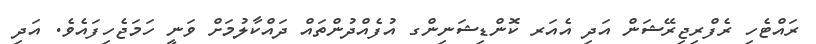
ރައްޓެހި ރެފްރިޖިރޭޝަން އަދި އެއަރ ކޮންޑިޝަނިންގ އުފެއްދުންތައް ދައްކާލުމަށް ވަނީ ހަމަޖެހިފައެވެ. އަދި